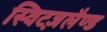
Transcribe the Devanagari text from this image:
स्विटज़लैण्ड